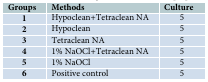
<table><thead><tr><td><b>Groups</b></td><td><b>Methods</b></td><td><b>Culture </b></td></tr></thead><tbody><tr><td>1</td><td>Hypoclean+Tetraclean NA</td><td>5</td></tr><tr><td>2</td><td>Hypoclean </td><td>5</td></tr><tr><td>3</td><td>Tetraclean NA</td><td>5</td></tr><tr><td>4</td><td>1% NaOCl+Tetraclean NA</td><td>5</td></tr><tr><td>5</td><td>1% NaOCl</td><td>5</td></tr><tr><td>6</td><td>Positive control</td><td>5</td></tr></tbody></table>